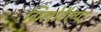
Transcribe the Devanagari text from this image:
ग्रिलोटैल्पा